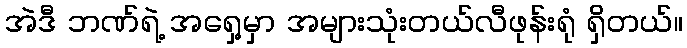
အဲဒီ ဘဏ်ရဲ့ အရှေ့မှာ အများသုံးတယ်လီဖုန်းရုံ ရှိတယ်။